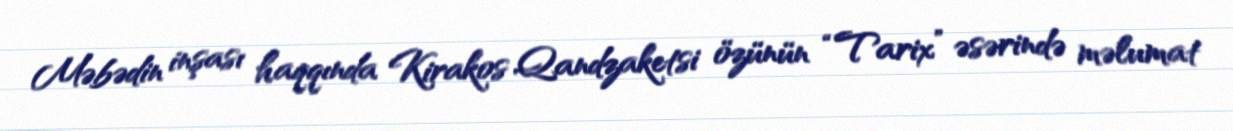
Məbədin inşası haqqında Kirakos Qandzaketsi özünün “Tarix” əsərində məlumat